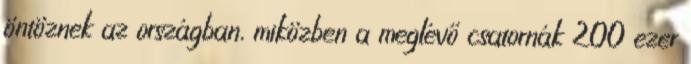
öntöznek az országban, miközben a meglévő csatornák 200 ezer